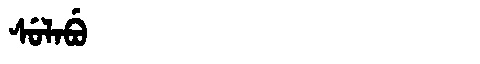
Manchu: ᠰᡠᠯᠠᠪᡠ
Romanization: SULABU